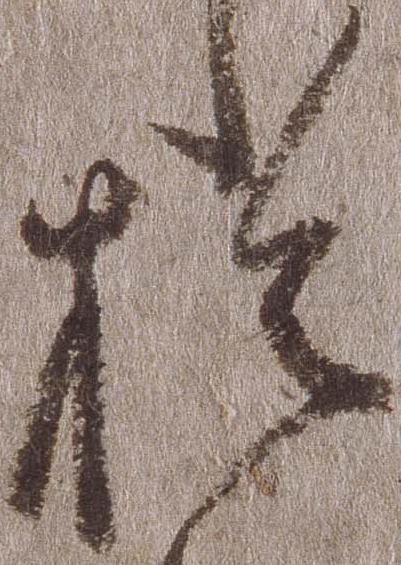
於